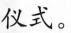
仪式。